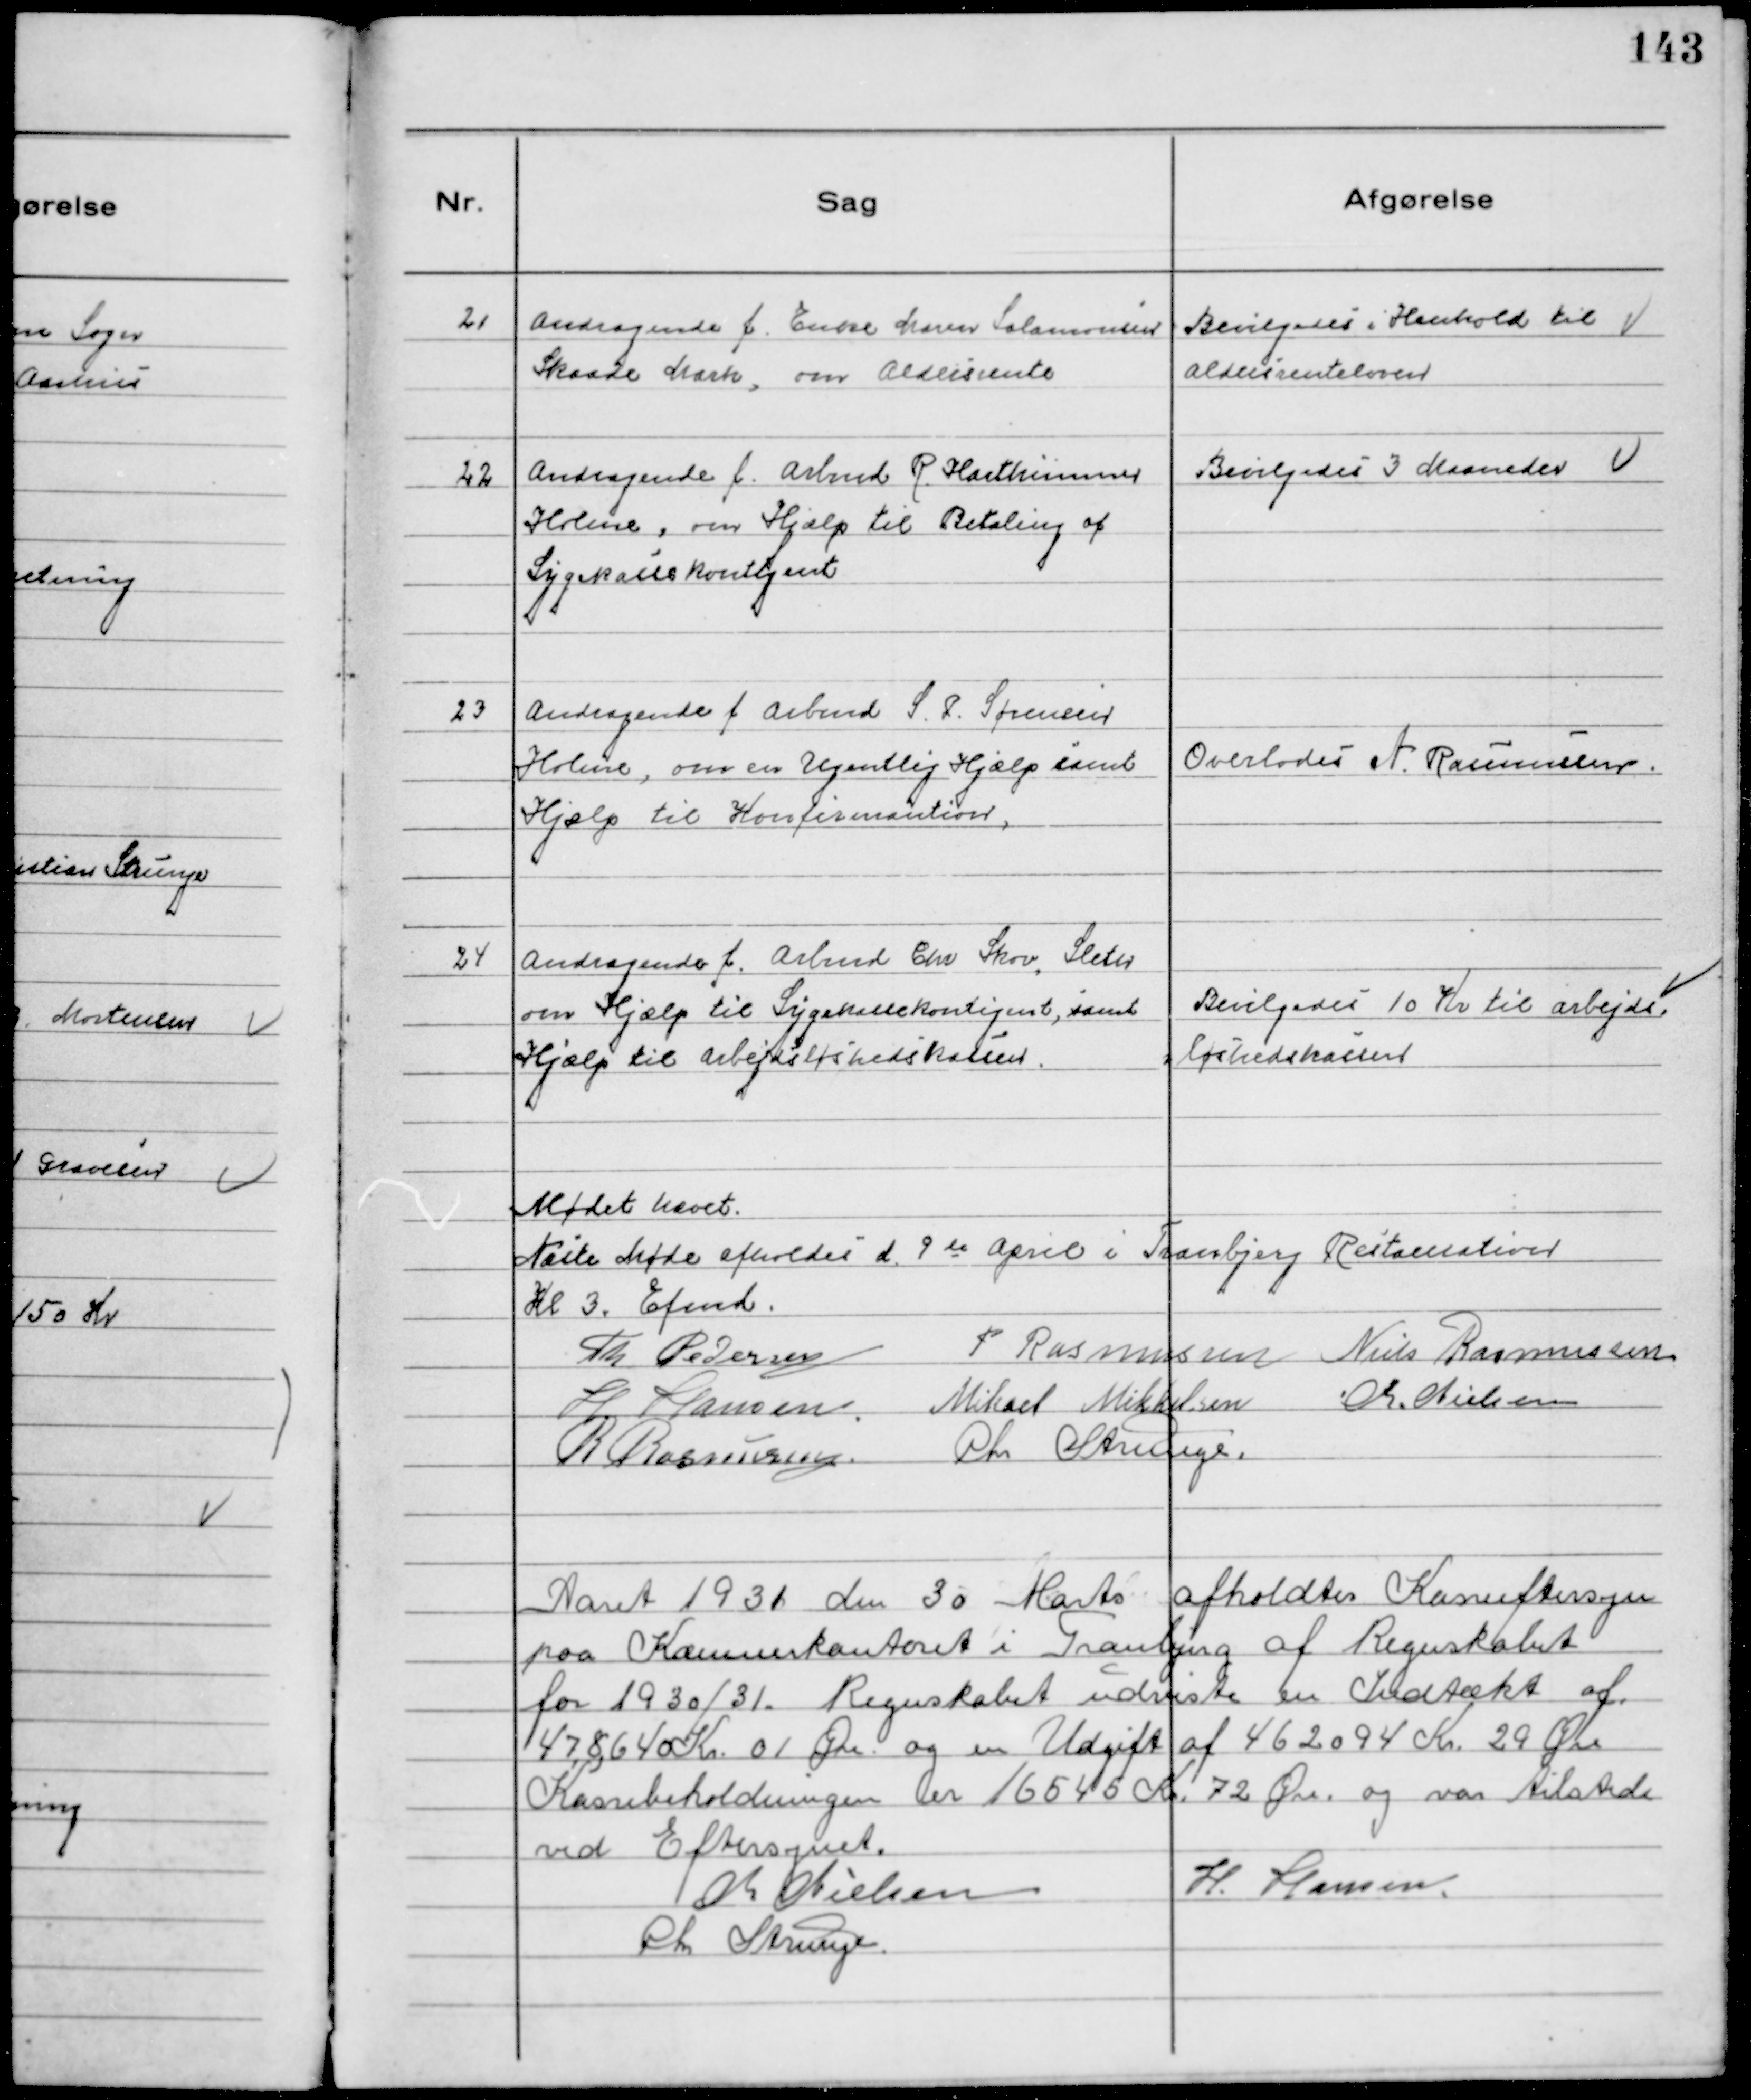
Transskription:
21
Andragende f. Enke Maren Salomonsen
Skaade Mark, om Aldersrente

Bevilgedes i Henhold til
Aldersrenteloven

22
Andragende f. Arbmd R. Harthimmer
Holme, om Hjælp til Betaling af
Sygekassekontigent

Bevilgedes 3 Maaneder

23
Andragende f Arbmd S. P. Sørensen
Holme, om en Ugentlig Hjælp samt
Hjælp til Konfirmantion,

Overlodes N. Rasmussen

24
Andragende f. Arbmd Chr Skov. Sleth
om Hjælp til Sygekassekontigent, samt
Hjælp til Arbejdsløshedskassen.

Bevilgedes 10 Kr til arbejds-
løshedskassen

Mødet hævet
Næste Møde afholdes d. 9 de April i Tranbjerg Restauration
Kl 3. Efmd.
Th Pedersen
P Rasmussen Niels Rasmussen
H Hansen. Mikael Mikkelsen Chr. Nielsen
R Rasmussen Chr Strunge.

Aaret 1931 den 30 Marts afholdtes Kasseeftersyn
paa Kommunekontoret i Tranbjerg af Regnskabet
for 1930/31. Regnskabet udviste en Indtækt af
478640 Kr. 01 Øre og en Udgift af 462094 Kr. 29 Øre
Kassebeholdningen er 16545 Kr. 72 Øre og var tilstede
ved Eftersynet.
Chr Nielsen
H. Hansen
Chr Strunge.